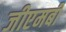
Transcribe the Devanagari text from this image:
जीएमबी